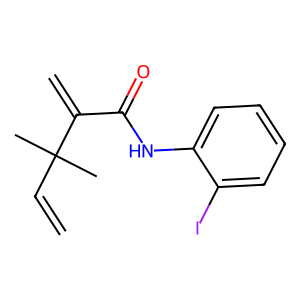
SMILES: C=CC(C)(C)C(=C)C(=O)Nc1ccccc1I
Inhibits HIV replication: No